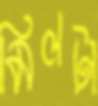
মিলটা